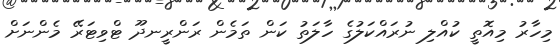
މިހާރު މިއޮތީ ކުއްލި ނުރައްކަލުގެ ހާލަތު ކަން ތަމެން ރަންރީނދޫ ޓްވިޓަރޭ މެންނަށް